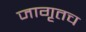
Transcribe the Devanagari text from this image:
जागृतच